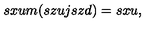
s x u m ( s z u j s z d ) = s x u ,